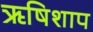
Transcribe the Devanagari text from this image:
ऋषिशाप